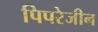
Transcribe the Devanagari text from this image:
पिपरेजीन